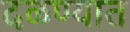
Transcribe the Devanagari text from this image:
दळण्यात